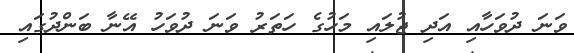
ވަނަ ދުވަހާއި އަދި ޖުލައި މަހުގެ ހަތަރު ވަނަ ދުވަހު އޭނާ ބަންދުގައި